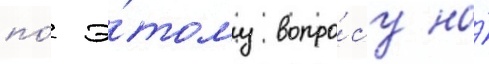
по́ э́тому вопро́су на́